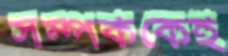
সম্পর্ককেই